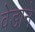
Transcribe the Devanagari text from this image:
वेडाने